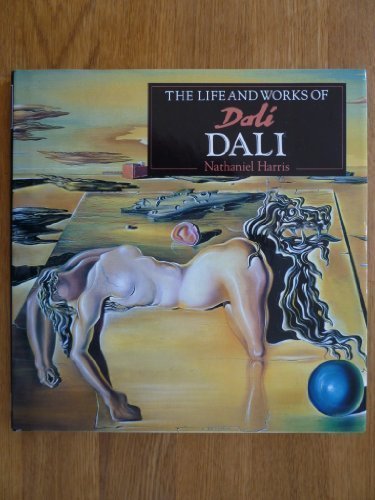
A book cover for The Life and Works of Dali; Nathaniel Harris; Teen & Young Adult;